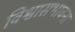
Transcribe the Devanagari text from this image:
विश्वासभावना